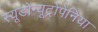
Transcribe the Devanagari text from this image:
स्यूडोन्यूट्रोपेनिया